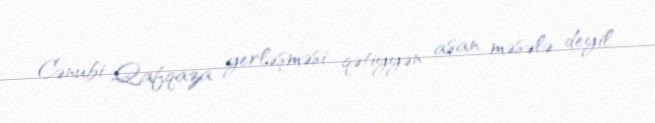
Cənubi Qafqaza yerləşməsi qətiyyən asan məsələ deyil.